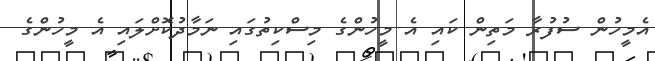
އެމީހުން ސުފުރާ މަތިން ކައި އެ މީހުންގެ މިސްކިތުގައި ނަމާދުކޮށްލައި އެ މީހުންގެ